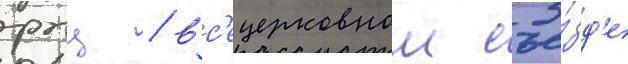
рпц / вс'ецерковном съе́зд'е